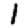
Digit: 1